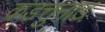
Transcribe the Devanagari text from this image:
कडत्तुनाड